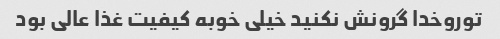
توروخدا گرونش نکنید خیلی خوبه کیفیت غذا عالی بود